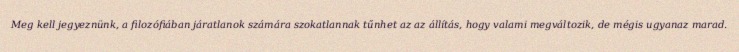
Meg kell jegyeznünk, a filozófiában járatlanok számára szokatlannak tűnhet az az állítás, hogy valami megváltozik, de mégis ugyanaz marad.